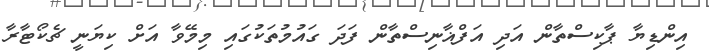
އިންޑިޔާ ޕާކިސްތާން އަދި އަފްޣާނިސްތާން ފަދަ ގައުމުތަކުގައި މިމޭވާ އަށް ކިޔަނީ ޗެކޯޓާރާ